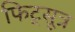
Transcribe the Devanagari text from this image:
फिट्सूत्र